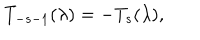
T _ { - s - 1 } ( \lambda ) = - T _ { s } ( \lambda ) ,